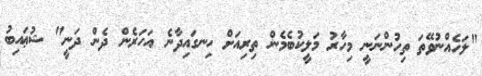
"ލަހެއްނުވޭތަ ތިހުންނަނީ މިހާރު މަލީކުބެމެން ތިރިއަށް ހިނގައިދާނެ އަހަރެން ދެން ދަނީ" ޝުޢައިބު